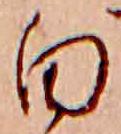
白